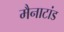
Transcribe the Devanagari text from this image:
मैनाटांड